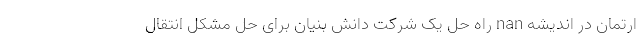
ارتمان در اندیشه nan راه حل یک شرکت دانش بنیان برای حل مشکل انتقال